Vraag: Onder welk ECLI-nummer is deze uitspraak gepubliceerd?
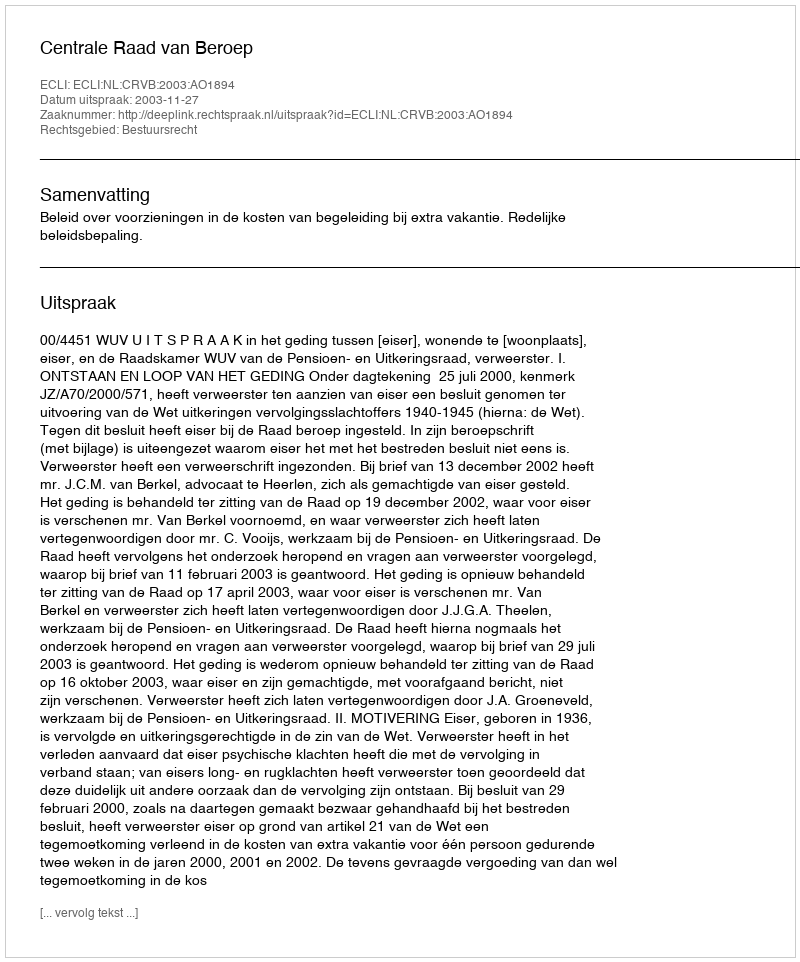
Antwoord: ECLI:NL:CRVB:2003:AO1894